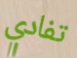
تفادي